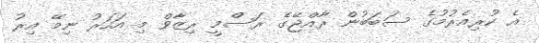
އެ ކުރިއެރުމުގެ ސަބަބުން ރާއްޖޭގެ ރަސްމީ ރިޒާވް މި އަހަރު ނިމޭ އިރު